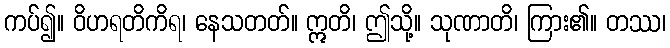
ကပ်၍။ ဝိဟရတိကိရ၊ နေသတတ်။ ဣတိ၊ ဤသို့။ သုဏာတိ၊ ကြား၏။ တဿ၊